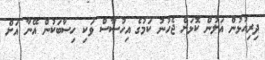
ދިރިއުޅުން އަލުން ކޮޅަށް ޖެހުނު ކަމުގެ އިހުސާސް ވަކި ހިސާބަކުން އޭނާ އަށް